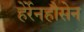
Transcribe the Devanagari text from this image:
हेर्रेनहौसेन